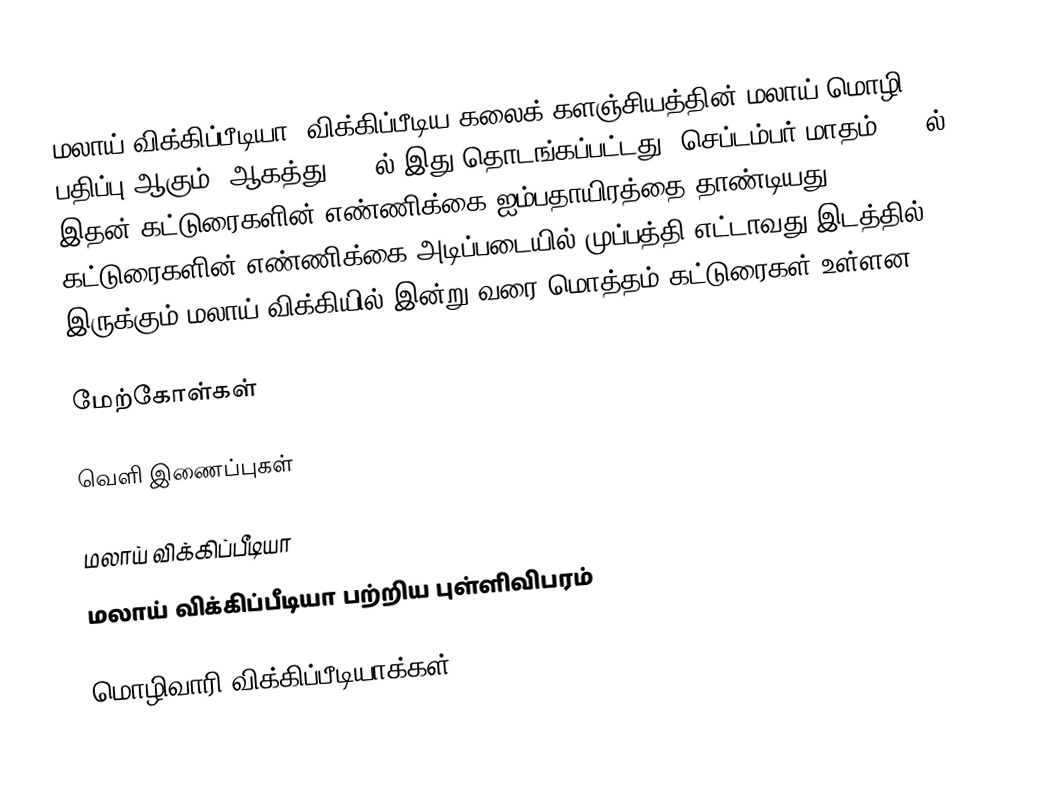
மலாய் விக்கிப்பீடியா, விக்கிப்பீடிய கலைக் களஞ்சியத்தின் மலாய் மொழி பதிப்பு ஆகும். ஆகத்து 2003ல் இது தொடங்கப்பட்டது. செப்டம்பர் மாதம் 2009ல் இதன் கட்டுரைகளின் எண்ணிக்கை ஐம்பதாயிரத்தை தாண்டியது. கட்டுரைகளின் எண்ணிக்கை அடிப்படையில் முப்பத்தி எட்டாவது இடத்தில் இருக்கும் மலாய் விக்கியில் இன்று வரை மொத்தம் கட்டுரைகள் உள்ளன.

மேற்கோள்கள்

வெளி இணைப்புகள்

மலாய் விக்கிப்பீடியா
மலாய் விக்கிப்பீடியா பற்றிய புள்ளிவிபரம்

மொழிவாரி விக்கிப்பீடியாக்கள்